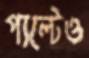
পাল্টেও